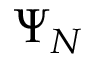
\Psi _ { N }